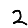
Digit: 2